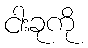
ငါးခုကို